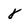
Character: 8